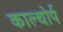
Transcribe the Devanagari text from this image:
काल्थोर्प